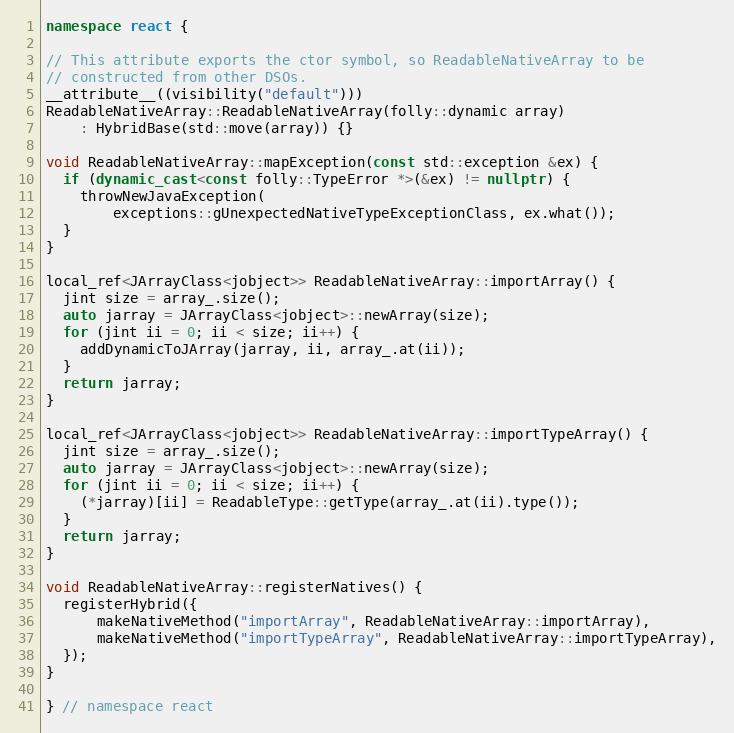
Language: C++
namespace react {

// This attribute exports the ctor symbol, so ReadableNativeArray to be
// constructed from other DSOs.
__attribute__((visibility("default")))
ReadableNativeArray::ReadableNativeArray(folly::dynamic array)
    : HybridBase(std::move(array)) {}

void ReadableNativeArray::mapException(const std::exception &ex) {
  if (dynamic_cast<const folly::TypeError *>(&ex) != nullptr) {
    throwNewJavaException(
        exceptions::gUnexpectedNativeTypeExceptionClass, ex.what());
  }
}

local_ref<JArrayClass<jobject>> ReadableNativeArray::importArray() {
  jint size = array_.size();
  auto jarray = JArrayClass<jobject>::newArray(size);
  for (jint ii = 0; ii < size; ii++) {
    addDynamicToJArray(jarray, ii, array_.at(ii));
  }
  return jarray;
}

local_ref<JArrayClass<jobject>> ReadableNativeArray::importTypeArray() {
  jint size = array_.size();
  auto jarray = JArrayClass<jobject>::newArray(size);
  for (jint ii = 0; ii < size; ii++) {
    (*jarray)[ii] = ReadableType::getType(array_.at(ii).type());
  }
  return jarray;
}

void ReadableNativeArray::registerNatives() {
  registerHybrid({
      makeNativeMethod("importArray", ReadableNativeArray::importArray),
      makeNativeMethod("importTypeArray", ReadableNativeArray::importTypeArray),
  });
}

} // namespace react